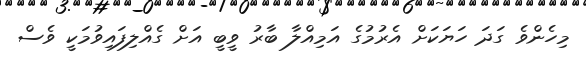
މިހެންވެ ގަދަ ހަޔަކަށް އެރުމުގެ އަމިއްލާ ބާރު ވީބީ އަށް ގެއްލިފައިވުމަކީ ވެސް